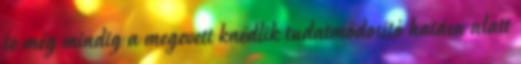
te még mindig a megevett knédlik tudatmódosító hatása alatt